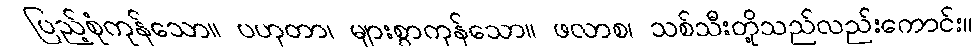
ပြည့်စုံကုန်သော။ ပဟုတာ၊ များစွာကုန်သော။ ဖလာစ၊ သစ်သီးတို့သည်လည်းကောင်း။